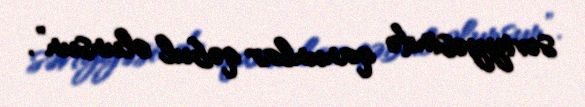
səviyyəsində qanunlar qəbul olunsun”.